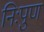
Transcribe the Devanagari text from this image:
निःपुण